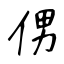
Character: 侽